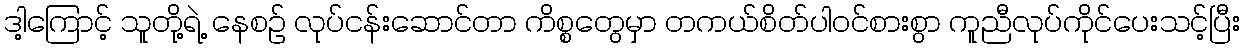
ဒါ့ကြောင့် သူတို့ရဲ့ နေစဉ် လုပ်ငန်းဆောင်တာ ကိစ္စတွေမှာ တကယ်စိတ်ပါဝင်စားစွာ ကူညီလုပ်ကိုင်ပေးသင့်ပြီး